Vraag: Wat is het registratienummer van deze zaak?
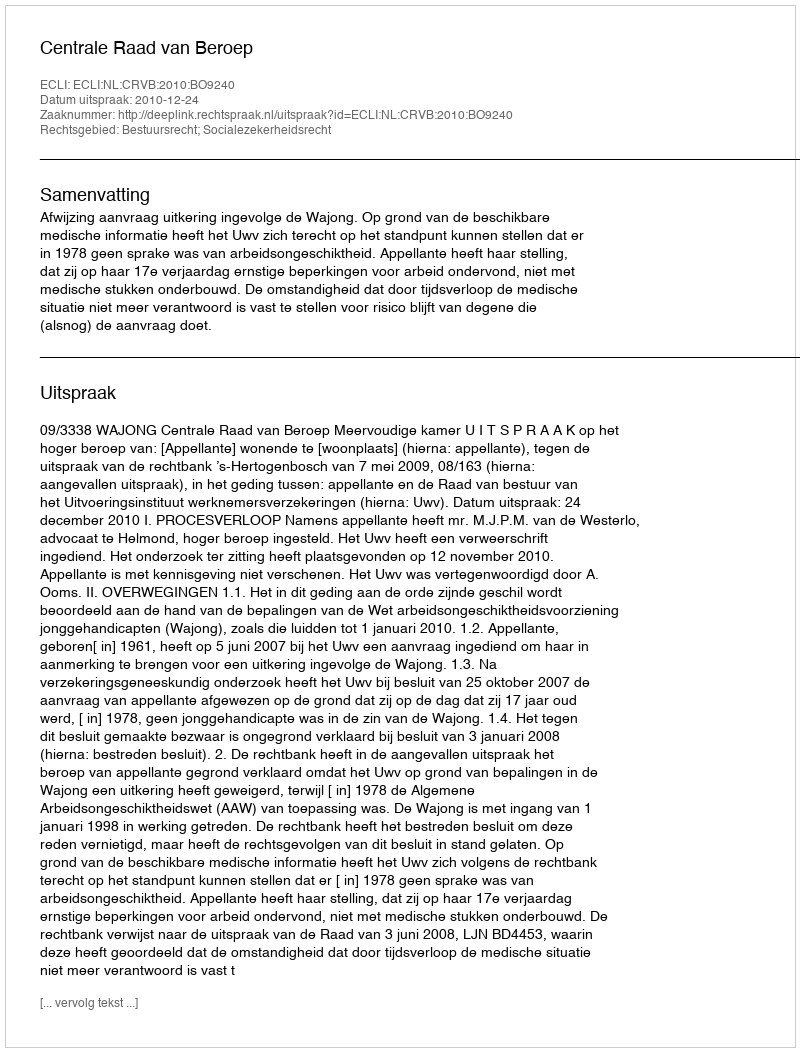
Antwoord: http://deeplink.rechtspraak.nl/uitspraak?id=ECLI:NL:CRVB:2010:BO9240